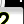
Digit: 2